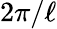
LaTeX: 2\pi/\ell